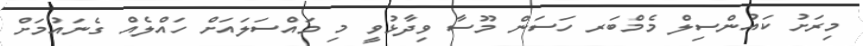
މިރަށު ކައުންސިލް މެމްބަރ ހަސަން މޫސާ ވިދާޅުވީ މި މައްސަލައަށް ހައްލެއް ގެނައުމަށް